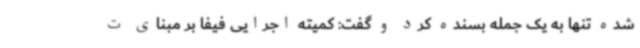
شده تنها به یک جمله بسنده کرد و گفت: کمیته اجرایی فیفا بر مبنای ت